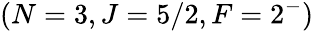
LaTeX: (N=3,J=5/2,F=2^{-})